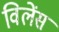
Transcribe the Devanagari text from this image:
विलेंस